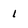
Character: i